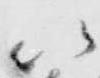
以